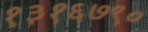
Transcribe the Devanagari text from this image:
१३१६७९०